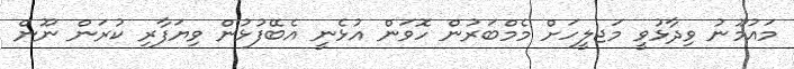
މައުމޫނު ވިދާޅުވީ މަޖލީހަށް މެމްބަރުން ހޮވަން އުޅެނީ އެބޭފުޅުން ވިޔަފާރި ކުރަން ނޫން